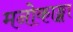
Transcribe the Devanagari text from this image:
मनोकाङ्क्षा